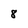
Character: 8